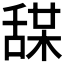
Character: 𦧤